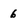
Character: 6